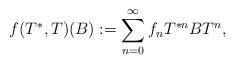
LaTeX: \begin{align*}f(T^*,T)(B) := \sum_{n=0}^{\infty} f_n T^{*n} B T^n,\end{align*}